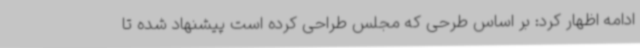
ادامه اظهار کرد: بر اساس طرحی که مجلس طراحی کرده است پیشنهاد شده تا